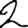
Digit: 2